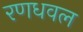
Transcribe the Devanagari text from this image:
रणधवल